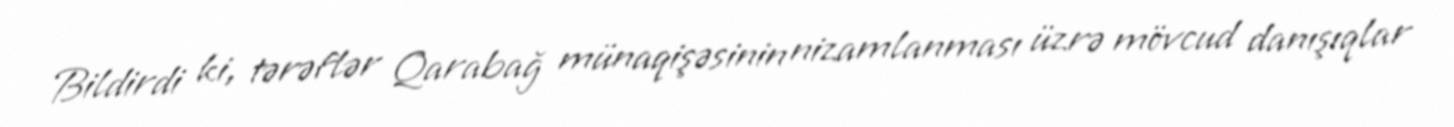
Bildirdi ki, tərəflər Qarabağ münaqişəsinin nizamlanması üzrə mövcud danışıqlar